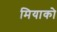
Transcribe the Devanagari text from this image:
मियाको